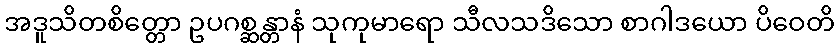
အဒူသိတစိတ္တော ဥပဂစ္ဆန္တာနံ သုကုမာရော သီလသဒိသော စာဂါဒယော ပိဝေတိ